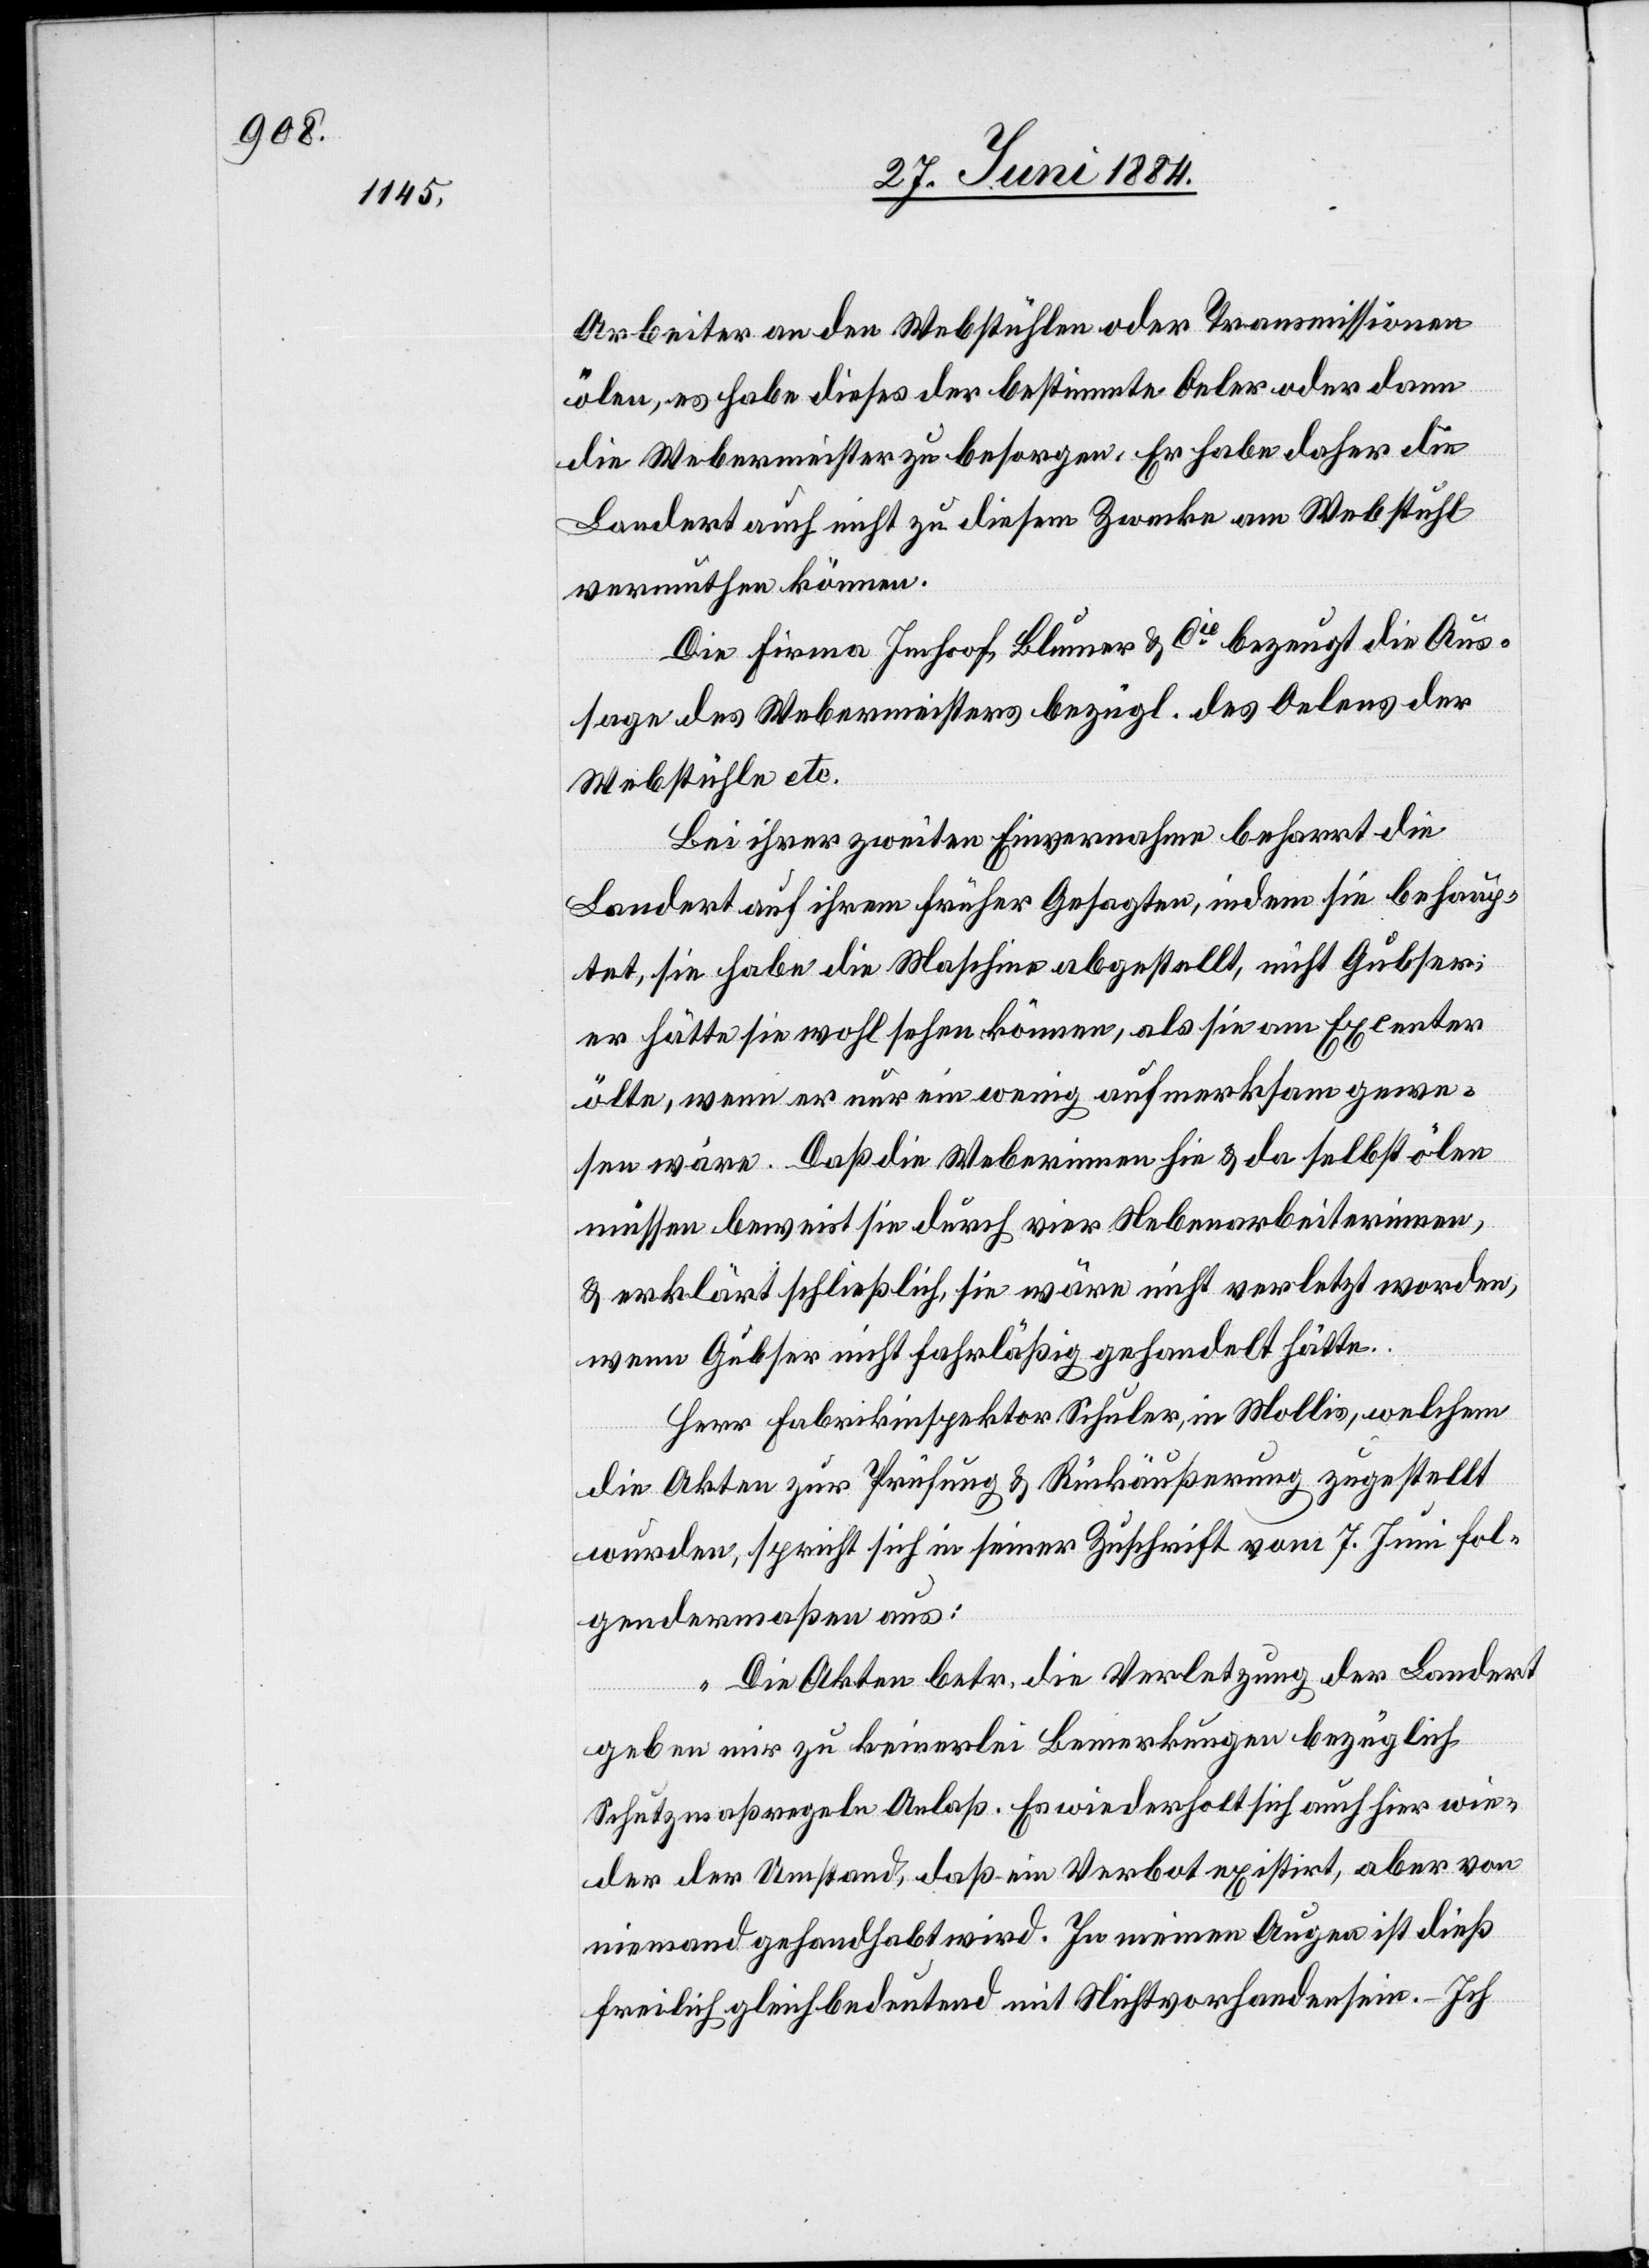
Arbeiter an den Webstühlen oder Transmissionen
ölen, es habe dieses der bestimmte Oeler oder dann
die Webermeister zu besorgen. Er habe daher die
Landert auch nicht zu diesem Zwecke am Webstuhl
vermuthen können.
Die Firma Imhoof, Blumer & Cie bezeugt die Aus¬
sage des Webermeisters bezügl. des Oelens der
Webstühle etc.
Bei ihrer zweiten Einvernahme beharrt die
Landert auf ihrem früher Gesagten, indem sie behaup¬
tet, sie habe die Maschine abgestellt, nicht Gubser;
er hätte sie wohl sehen können, als sie am Excenter
ölte, wenn er nur ein wenig aufmerksam gewe¬
sen wäre. Daß die Weberinnen hin & da selbst ölen
müssen beweist sie durch vier Nebenarbeiterinnen
& erklärt schließlich, sie wäre nicht verletzt worden,
wenn Gubser nicht fahrläßig gehandelt hätte.
Herr Fabrikinspektor Schuler, in Mollis, welchem
die Akten zur Prüfung & Rückäußerung zugestellt
wurden, spricht sich in seiner Zuschrift vom 7. Juni fol¬
gendermaßen aus:
„Die Akten betr. die Verletzung der Landert
geben mir zu keinerlei Bemerkungen bezüglich
Schutzmaßregeln Anlaß. Es wiederholt sich auch hier wie¬
der der Umstand, daß ein Verbot existirt, aber von
niemand[em] gehandhabt wird. In meinen Augen ist dieß
freilich gleich bedeutend mit Nichtvorhandensein. – Ich